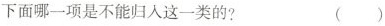
下面哪一项是不能归人这一类的? ( )